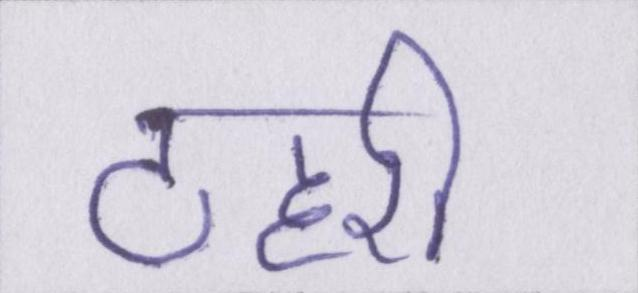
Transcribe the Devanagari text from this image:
ठहरी